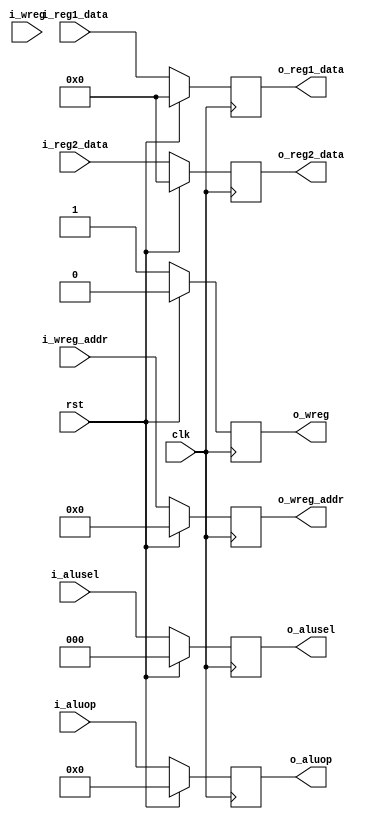
`timescale 1ns / 1ps
//////////////////////////////////////////////////////////////////////////////////
// Company: 
// Engineer: 
// 
// Design Name: 
// Module Name: id_ex
// Project Name: 
// Target Devices: 
// Tool Versions: 
// Description: 
// 
// Dependencies: 
// 
// Revision:
// Revision 0.01 - File Created
// Additional Comments:
// 
//////////////////////////////////////////////////////////////////////////////////


module id_ex(
    input wire rst,
    input wire clk,
    input wire[2:0] i_alusel,
    input wire[7:0] i_aluop,
    input wire[31:0] i_reg1_data,
    input wire[31:0] i_reg2_data,
    input wire i_wreg,
    input wire[4:0] i_wreg_addr,
    
    output reg[2:0] o_alusel,
    output reg[7:0] o_aluop,
    output reg[31:0] o_reg1_data,
    output reg[31:0] o_reg2_data,
    output reg o_wreg,
    output reg[4:0] o_wreg_addr
    );

always @(posedge clk)
begin
    if (rst == 1'b1)
        begin
            o_alusel <= 3'b0;
            o_aluop <= 8'b0;
            o_reg1_data <= 32'h0;
            o_reg2_data <= 32'h0;
            o_wreg <= 1'b0;
            o_wreg_addr <= 5'b0;
        end
    else
        begin
            o_alusel <= i_alusel;
            o_aluop <= i_aluop;
            o_reg1_data <= i_reg1_data;
            o_reg2_data <= i_reg2_data;
            o_wreg <= 1'b1;
            o_wreg_addr <= i_wreg_addr;
        end
end

endmodule